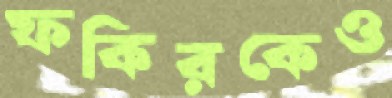
ফকিরকেও